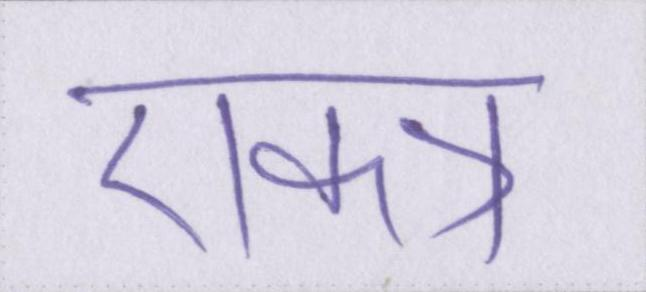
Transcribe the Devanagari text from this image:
एकत्र